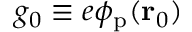
g _ { 0 } \equiv e \phi _ { \mathrm { p } } ( \mathbf { r } _ { 0 } )